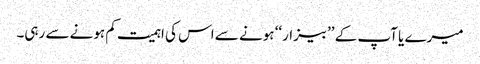
میرے یا آپ کے ’’بیزار‘‘ ہونے سے اس کی اہمیت کم ہونے سے رہی۔